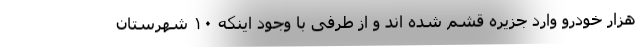
هزار خودرو وارد جزیره قشم شده اند و از طرفی با وجود اینکه ۱۰ شهرستان